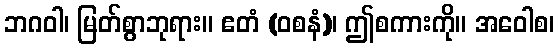
ဘဂဝါ၊ မြတ်စွာဘုရား။ ဧတံ (ဝစနံ)၊ ဤစကားကို။ အဝေါစ၊